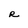
Character: R